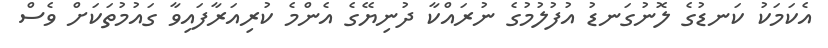
އެކަމަކު ކަނޑުގެ ލޮނުގަނޑު އުފުލުމުގެ ނުރައްކާ ދުނިޔޭގެ އެންމެ ކުރިއަރާފައިވާ ގައުމުތަކަށް ވެސް